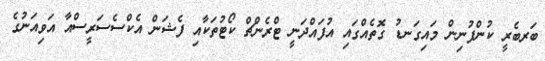
ބަރބެރީ ކުންފުނިން މައިގަނޑު ގޮތެއްގައި އުފައްދަނީ ޓްރެންޗް ކޯޓުތަކާއި ފެޝަން އެކްސެސަރީސްއާ އަވިއަނުގެ